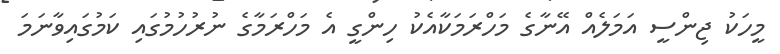
މީހަކު ޖިންސީ އަމަލެއް އޭނާގެ މަހްރަމަކާއެކު ހިންގީ އެ މަހްރަމާގެ ނުރުހުމުގައި ކަމުގައިވާނަމަ